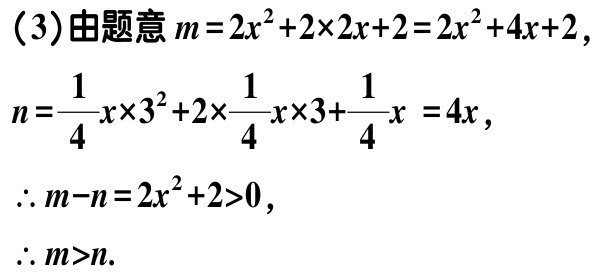
（3）由题意\(m = 2x^{2}+2\times2x + 2=2x^{2}+4x + 2\)，

\(n=\frac{1}{4}x\times3^{2}+2\times\frac{1}{4}x\times3+\frac{1}{4}x = 4x\)，

\(\therefore m - n=2x^{2}+2>0\)，

\(\therefore m>n\).